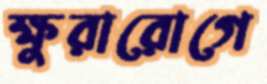
ক্ষুরারোগে